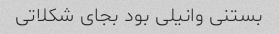
بستنی وانیلی بود بجای شکلاتی